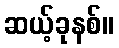
ဆယ့်ခုနစ်။